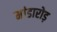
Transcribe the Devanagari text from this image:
मांडारोड़